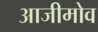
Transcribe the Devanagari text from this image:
आजीमोव